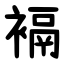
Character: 䙐